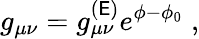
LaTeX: g_{\mu\nu}=g_{\mu\nu}^{(\mathsf{E})}e^{\phi-\phi_{0}}\; ,